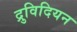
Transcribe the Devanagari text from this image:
द्रुविदियन